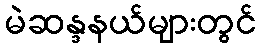
မဲဆန္ဒနယ်များတွင်